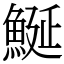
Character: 鯅